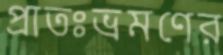
প্রাতঃভ্রমণের